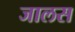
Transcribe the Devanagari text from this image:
जालस